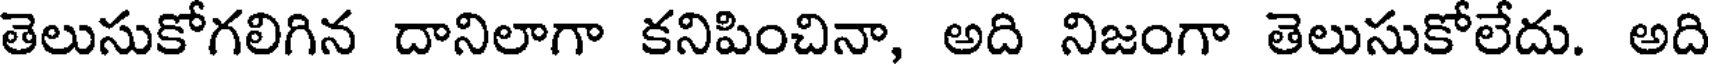
తెలుసుకోగలిగిన దానిలాగా కనిపించినా, అది నిజంగా తెలుసుకోలేదు. అది